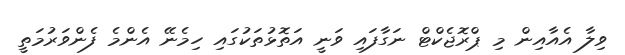
ވިލާ އެއާއިން މި ޕްރޮޖެކްޓް ނަގާފައި ވަނީ އަތޮޅުތަކުގައި ހިމެނޭ އެންމެ ފެންވަރުމަތީ